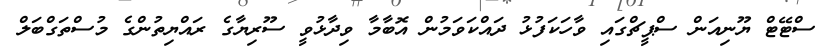
ސްޓޭޓް ޔޫނިއަން ސްޕީޗްގައި ވާހަކަފުޅު ދައްކަވަމުން އޮބާމާ ވިދާޅުވީ ސޫރިޔާގެ ރައްޔިތުންގެ މުސްތަގްބަލް